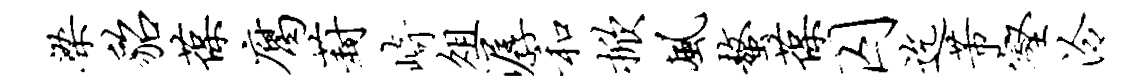
梁貂葆腐葑崎俎潺和掀风螯葆囚迄芾壑泠